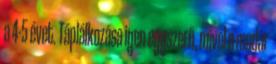
a 4-5 évet. Táplálkozása igen egyszerű, mivel a madár